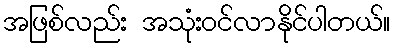
အဖြစ်လည်း အသုံးဝင်လာနိုင်ပါတယ်။